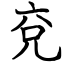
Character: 兗